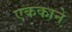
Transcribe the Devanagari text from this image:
एककाने